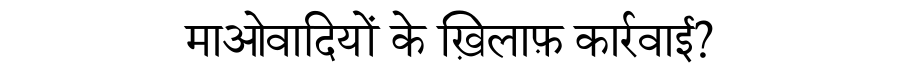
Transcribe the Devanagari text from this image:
माओवादियों के ख़िलाफ़ कार्रवाई?